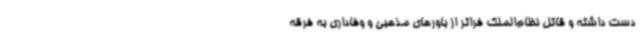
دست داشته و قاتل نظام‌الملک فراتر از باورهای مذهبی و وفاداری به فرقه